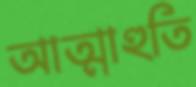
আত্মাহুতি